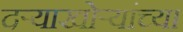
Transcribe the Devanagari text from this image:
दऱ्याखोऱ्यांच्या